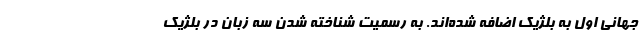
جهانی اول به بلژیک اضافه شده‌اند. به رسمیت شناخته شدن سه زبان در بلژیک